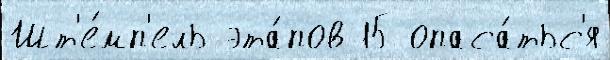
Шт'е́мп'ель эта́пов 15 опаса́тьс'я